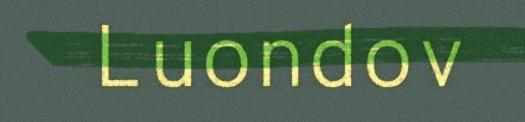
Luondov